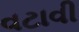
વટાવી